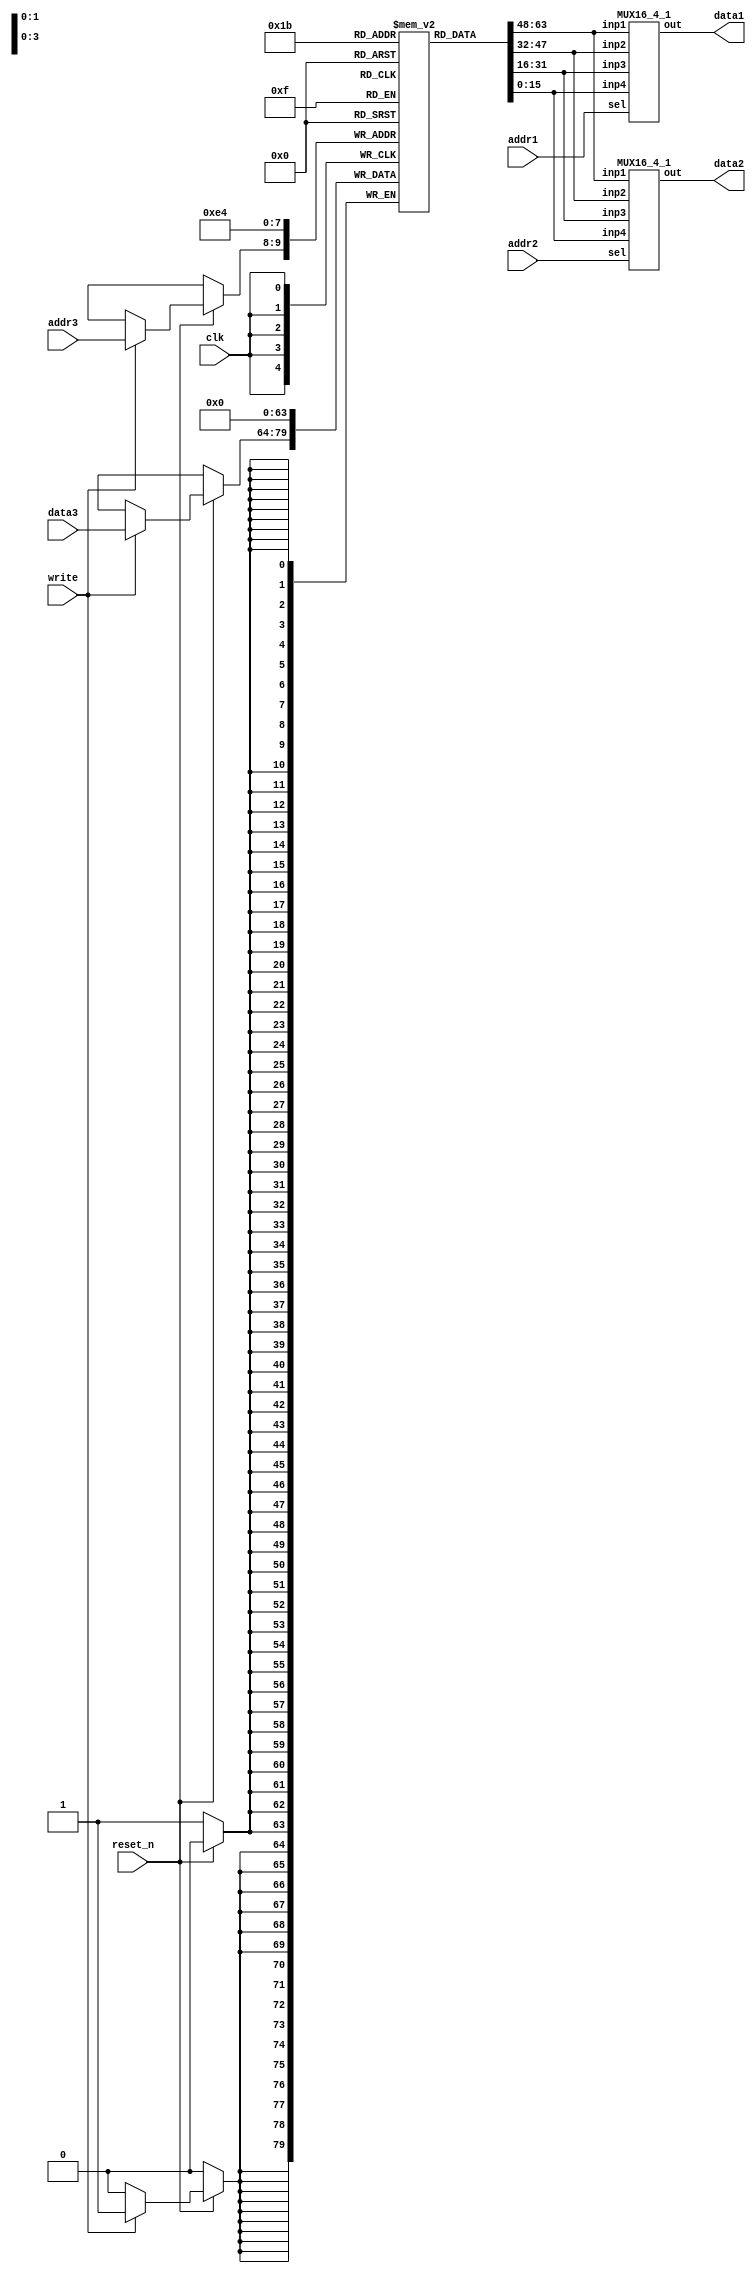
`timescale 1ns / 1ps
//////////////////////////////////////////////////////////////////////////////////
// Company: SNU
// 
// Design Name: Register file for computer organization class
// Module Name: RF
// Project Name: Project2 RTL sequential logic
// Target Devices: Vivado simulation 
// Tool Versions: 
// Description: 
// 
// Dependencies: 
// 
// Revision:
// Revision 0.01 - File Created
// Additional Comments:
// 
//////////////////////////////////////////////////////////////////////////////////


module RF(
    input write,
    input clk,
    input reset_n,
    input [1:0] addr1,
    input [1:0] addr2,
    input [1:0] addr3,
    input [15:0] data3,
    output [15:0] data1,
    output [15:0] data2
    );


    // Registers (4)
    reg [15:0] registers [0:3];

    // data1 output selection mux.
    MUX16_4_1 mux1(
        .inp1(registers[0]),
        .inp2(registers[1]),
        .inp3(registers[2]),
        .inp4(registers[3]),
        .sel(addr1),
        .out(data1)
    );
    // data2 output selection mux.
    MUX16_4_1 mux2(
        .inp1(registers[0]),
        .inp2(registers[1]),
        .inp3(registers[2]),
        .inp4(registers[3]),
        .sel(addr2),
        .out(data2)
    );

    always @ (posedge clk) begin
        // reset all registers
        if (~reset_n) begin
            registers[0] <= 16'h0000;
            registers[1] <= 16'h0000;
            registers[2] <= 16'h0000;
            registers[3] <= 16'h0000;
        end
        // write enabled case
        else if (write) begin
            registers[addr3] <= data3;
        end
    end


endmodule

module MUX16_4_1(
    input [15:0] inp1,
    input [15:0] inp2,
    input [15:0] inp3,
    input [15:0] inp4,
    input [1:0] sel,
    output [15:0] out
);
    /* 4 to 1 MUX
    INPUT:
        inp1   : (unsigned wire)   [16]    option
        inp2   : (unsigned wire)   [16]    option
        inp3   : (unsigned wire)   [16]    option
        inp4   : (unsigned wire)   [16]    option
        sel : (unsigned wire)   [2]     select
    
    OUTPUT:
        out : [16]    output chosen
    */
    assign out = sel[1:1]? (sel[0:0]? inp4 : inp3) : (sel[0:0]? inp2 : inp1);

endmodule